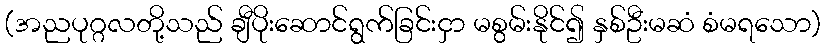
(အညပုဂ္ဂလတို့သည် ချီပိုးဆောင်ရွက်ခြင်းငှာ မစွမ်းနိုင်၍ နှစ်ဦးမဆံ စံမရသော)